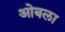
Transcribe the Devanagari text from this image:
ओबला